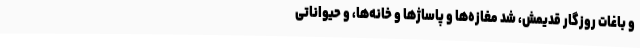
و باغات روزگار قدیمش، شد مغازه‌ها و پاساژها و خانه‌ها، و حیواناتی